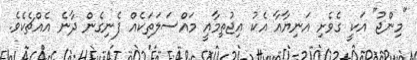
"މިންޖު" އަކީ ގެވެށި އަނިޔާއާ އެކު އިޖުތިމާއީ މައްސަލަތަކެއް ފެނިގެން ދާނެ އެއްޗެކެވެ.